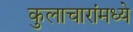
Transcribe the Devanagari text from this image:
कुलाचारांमध्ये